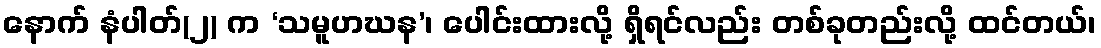
နောက် နံပါတ်(၂) က ‘သမူဟဃန’၊ ပေါင်းထားလို့ ရှိရင်လည်း တစ်ခုတည်းလို့ ထင်တယ်၊